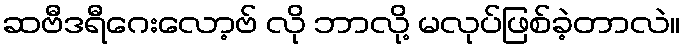
ဆဗီဒရီဂေးလော့ဗ် လို ဘာလို့ မလုပ်ဖြစ်ခဲ့တာလဲ။